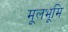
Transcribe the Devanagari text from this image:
मूलभूमि